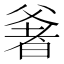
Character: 㸙